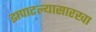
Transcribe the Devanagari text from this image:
झपाटल्यासारखा